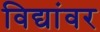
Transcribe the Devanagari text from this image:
विद्यांवर